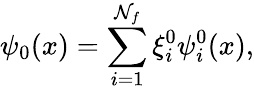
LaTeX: \psi_{0}(x)=\sum_{i=1}^{\mathcal{N}_{f}}\xi_{i}^{0}\psi_{i}^{0}(x),